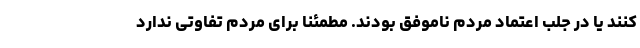
کنند یا در جلب اعتماد مردم ناموفق بودند. مطمئنا برای مردم تفاوتی ندارد